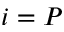
i = P